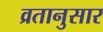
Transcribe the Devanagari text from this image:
व्रतानुसार